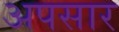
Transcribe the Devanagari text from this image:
अपसार